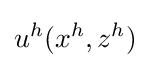
u^{h}(x^{h},z^{h})